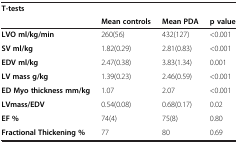
<table><thead><tr><td rowspan="2"><b>T-tests</b></td><td colspan="3"><b> </b></td></tr><tr><td><b>Mean controls</b></td><td><b>Mean PDA</b></td><td><b>p value</b></td></tr></thead><tbody><tr><td><b>LVO ml/kg/min</b></td><td>260(56)</td><td>432(127)</td><td>&lt;0.001</td></tr><tr><td><b>SV ml/kg</b></td><td>1.82(0.29)</td><td>2.81(0.83)</td><td>&lt;0.001</td></tr><tr><td><b>EDV ml/kg</b></td><td>2.47(0.38)</td><td>3.83(1.34)</td><td>0.001</td></tr><tr><td><b>LV mass g/kg</b></td><td>1.39(0.23)</td><td>2.46(0.59)</td><td>&lt;0.001</td></tr><tr><td><b>ED Myo thickness mm/kg</b></td><td>1.07</td><td>2.07</td><td>&lt;0.001</td></tr><tr><td><b>LVmass/EDV</b></td><td>0.54(0.08)</td><td>0.68(0.17)</td><td>0.02</td></tr><tr><td><b>EF %</b></td><td>74(4)</td><td>75(8)</td><td>0.80</td></tr><tr><td><b>Fractional Thickening %</b></td><td>77</td><td>80</td><td>0.69</td></tr></tbody></table>